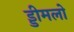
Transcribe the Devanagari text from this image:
ड्डीमलो